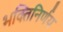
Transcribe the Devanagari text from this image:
भक्तिनिर्णय